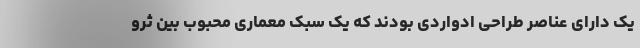
یک دارای عناصر طراحی ادواردی بودند که یک سبک معماری محبوب بین ثرو